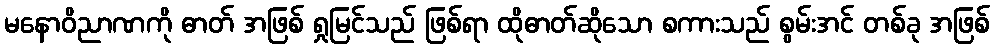
မနောဝိညာဏကို ဓာတ် အဖြစ် ရှုမြင်သည် ဖြစ်ရာ ထိုဓာတ်ဆိုသော စကားသည် စွမ်းအင် တစ်ခု အဖြစ်